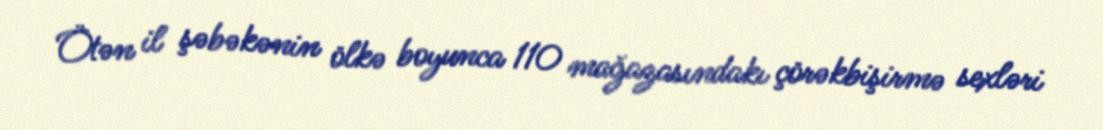
Ötən il şəbəkənin ölkə boyunca 110 mağazasındakı çörəkbişirmə sexləri